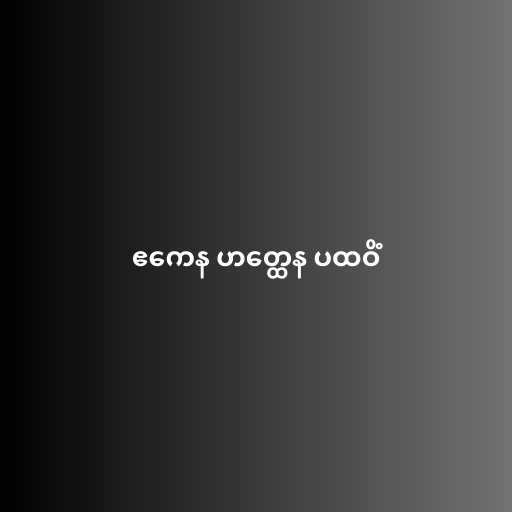
ဧကေန ဟတ္ထေန ပထဝိံ